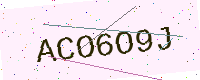
Text: ACO6O9J